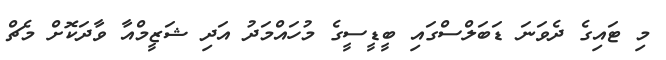
މި ޓައިގެ ދެވަނަ ޑަބަލްސްގައި ބީޑީސީގެ މުހައްމަދު އަދި ޝަޒީމްއާ ވާދަކޮށް މެޗް